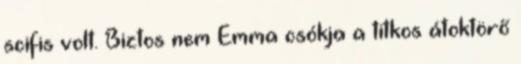
scifis volt. Biztos nem Emma csókja a titkos átoktörő